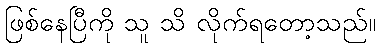
ဖြစ်နေပြီကို သူ သိ လိုက်ရတော့သည်။